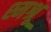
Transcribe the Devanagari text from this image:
श्मश्रू